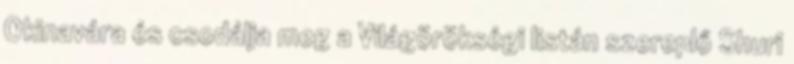
Okinavára és csodálja meg a Világörökségi listán szereplő Shuri